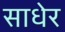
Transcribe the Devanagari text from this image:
साधेर